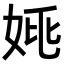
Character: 𡜞